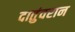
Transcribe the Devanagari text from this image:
दातुंवरान